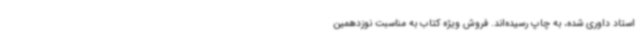
استاد داوری شده، به چاپ رسیده‌اند. فروش ویژه کتاب به مناسبت نوزدهمین